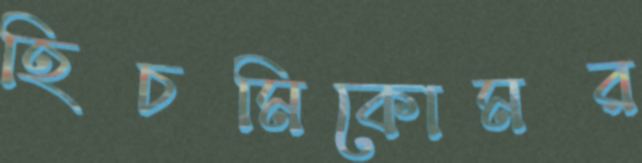
হিচমিকোমর